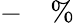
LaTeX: -\quad\%